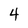
Character: 4